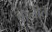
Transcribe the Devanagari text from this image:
बालीत